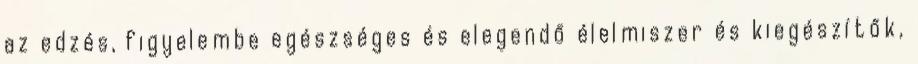
az edzés, figyelembe egészséges és elegendő élelmiszer és kiegészítők,